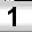
Digit: 1